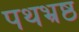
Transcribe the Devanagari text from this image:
पथभ्रष्ठ